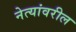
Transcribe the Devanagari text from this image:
नेत्यांवरील